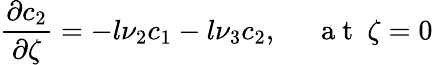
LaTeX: \frac{\partial c_{2}}{\partial\zeta}=-l\nu_{2}c_{1}-l\nu_{3}c_{2},~~~~~\mathrm{~a~t~}~\zeta=0